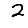
Digit: 2